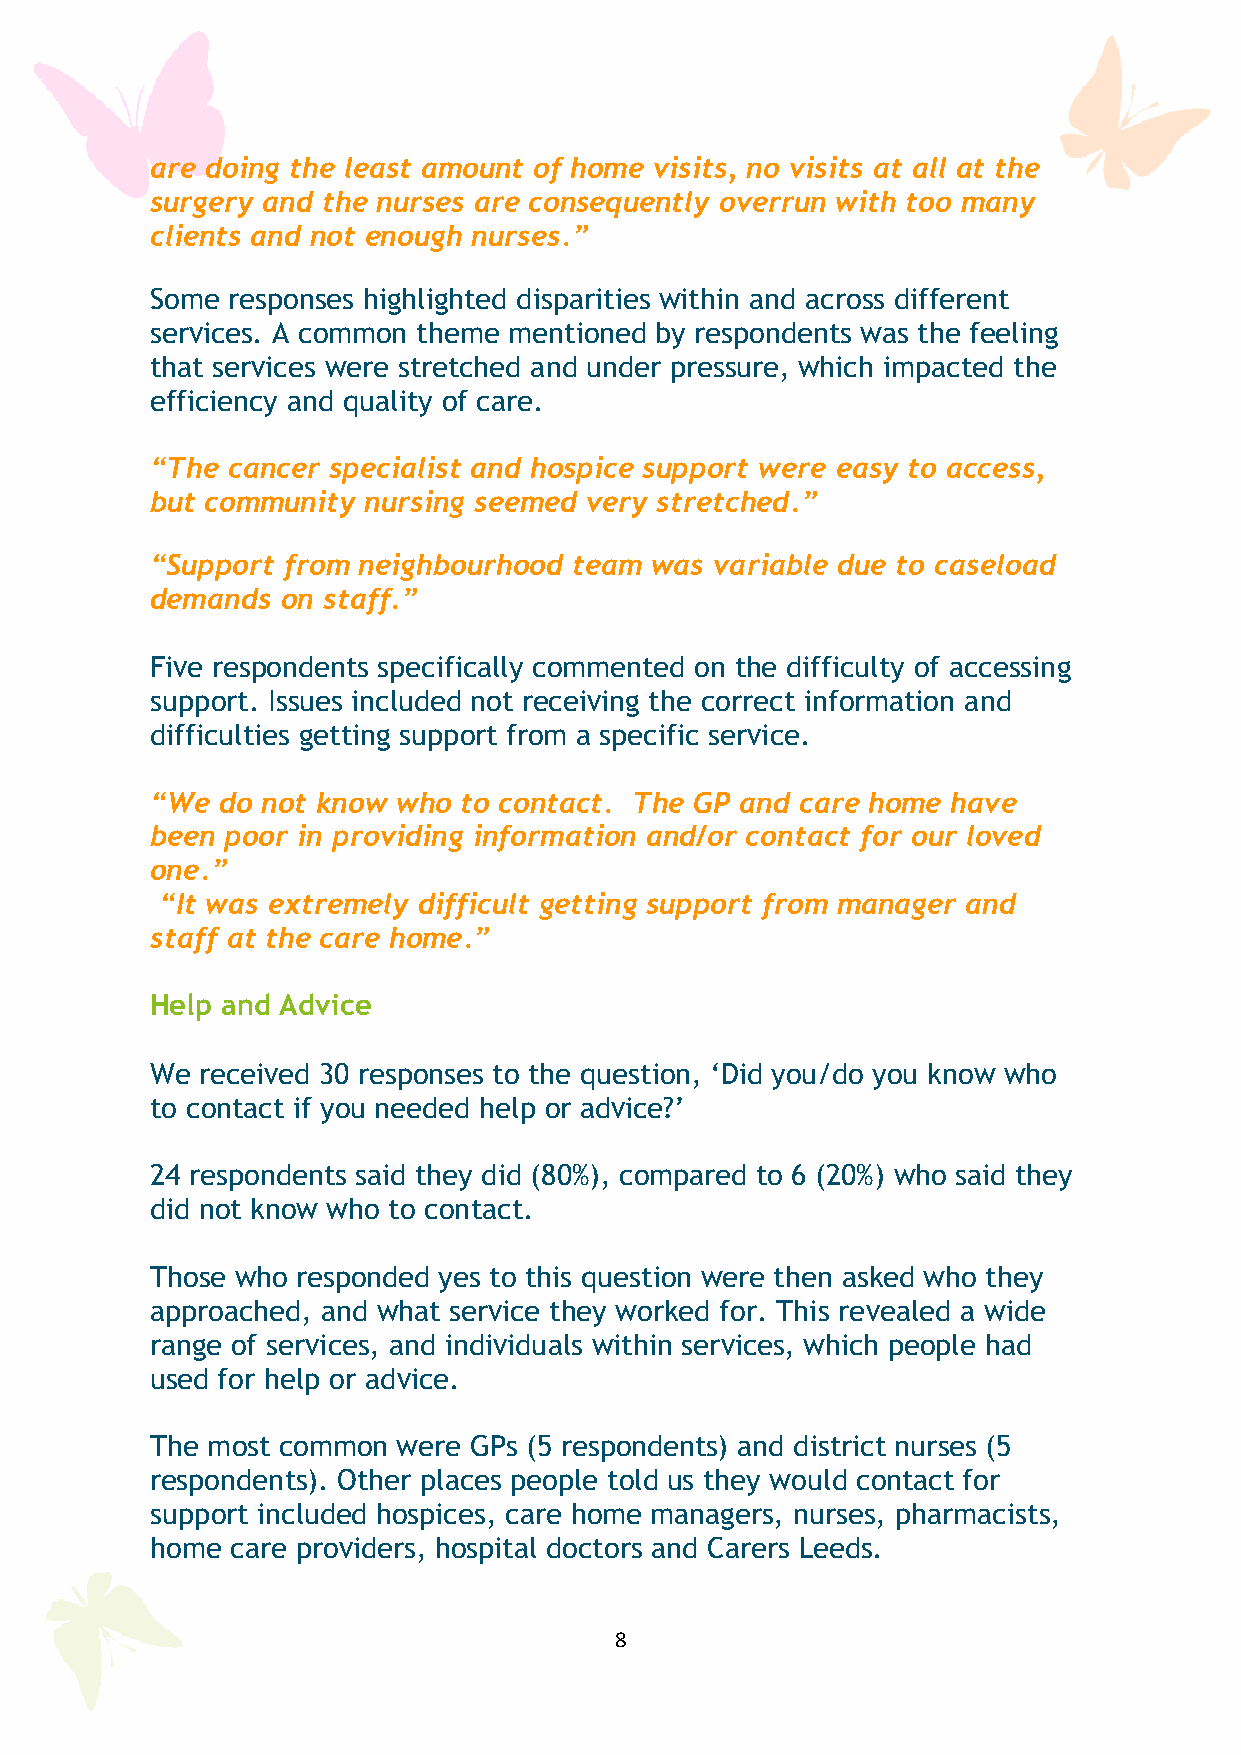
are doing the least amount of home visits, no visits at all at the
 surgery and the nurses are consequently overrun with too many
 clients and not enough nurses.”
 Some responses highlighted disparities within and across different
 services. A common theme mentioned by respondents was the feeling
 that services were stretched and under pressure, which impacted the
 efficiency and quality of care.
 “The cancer specialist and hospice support were easy to access,
 but community nursing seemed very stretched.”
 “Support from neighbourhood team was variable due to caseload
 demands  on staff.”
 Five respondents specifically commented on the difficulty of accessing
 support. Issues included not receiving the correct information and
 difficulties getting support from a specific service.
 “We  do not know who to contact. The GP and care home have
 been poor in providing information and/or contact for our loved
 one.”
 “It was extremely difficult getting support from manager and
 staff at the care home.”
 Help and Advice
 We received 30 responses to the question, ‘Did you/do you know who
 to contact if you needed help or advice?’
 24 respondents said they did (80%), compared to 6 (20%) who said they
 did not know who to contact.
 Those who responded yes to this question were then asked who they
 approached, and what service they worked for. This revealed a wide
 range of services, and individuals within services, which people had
 used for help or advice.
 The most common were GPs (5 respondents) and district nurses (5
 respondents). Other places people told us they would contact for
 support included hospices, care home managers, nurses, pharmacists,
 home care providers, hospital doctors and Carers Leeds.
 8